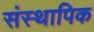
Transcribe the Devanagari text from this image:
संस्थापिक